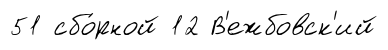
51 сбо́рной 12 В'ежбовск'ий